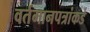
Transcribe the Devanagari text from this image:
वर्तमानपत्रांकडे